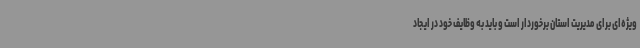
ویژه‌ای برای مدیریت استان برخوردار است و باید به وظایف خود در ایجاد